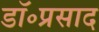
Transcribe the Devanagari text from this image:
डॉ॰प्रसाद